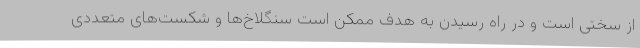
از سختی است و در راه رسیدن به هدف ممکن است سنگلاخ‌ها و شکست‌های متعددی